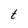
Character: t